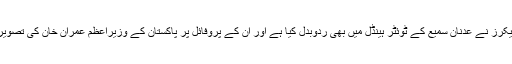
بظاہر ترک ہیکرز نے عدنان سمیع کے ٹوئٹر ہینڈل میں بھی ردوبدل کیا ہے اور ان کے پروفائل پر پاکستان کے وزیراعظم عمران خان کی تصویر لگا دی ہے۔